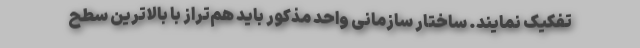
تفکیک نمایند. ساختار سازمانی واحد مذکور باید هم‌تراز با بالاترین سطح